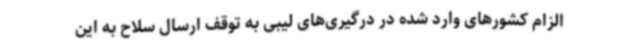
الزام کشورهای وارد شده در درگیری‌های لیبی به توقف ارسال سلاح به این